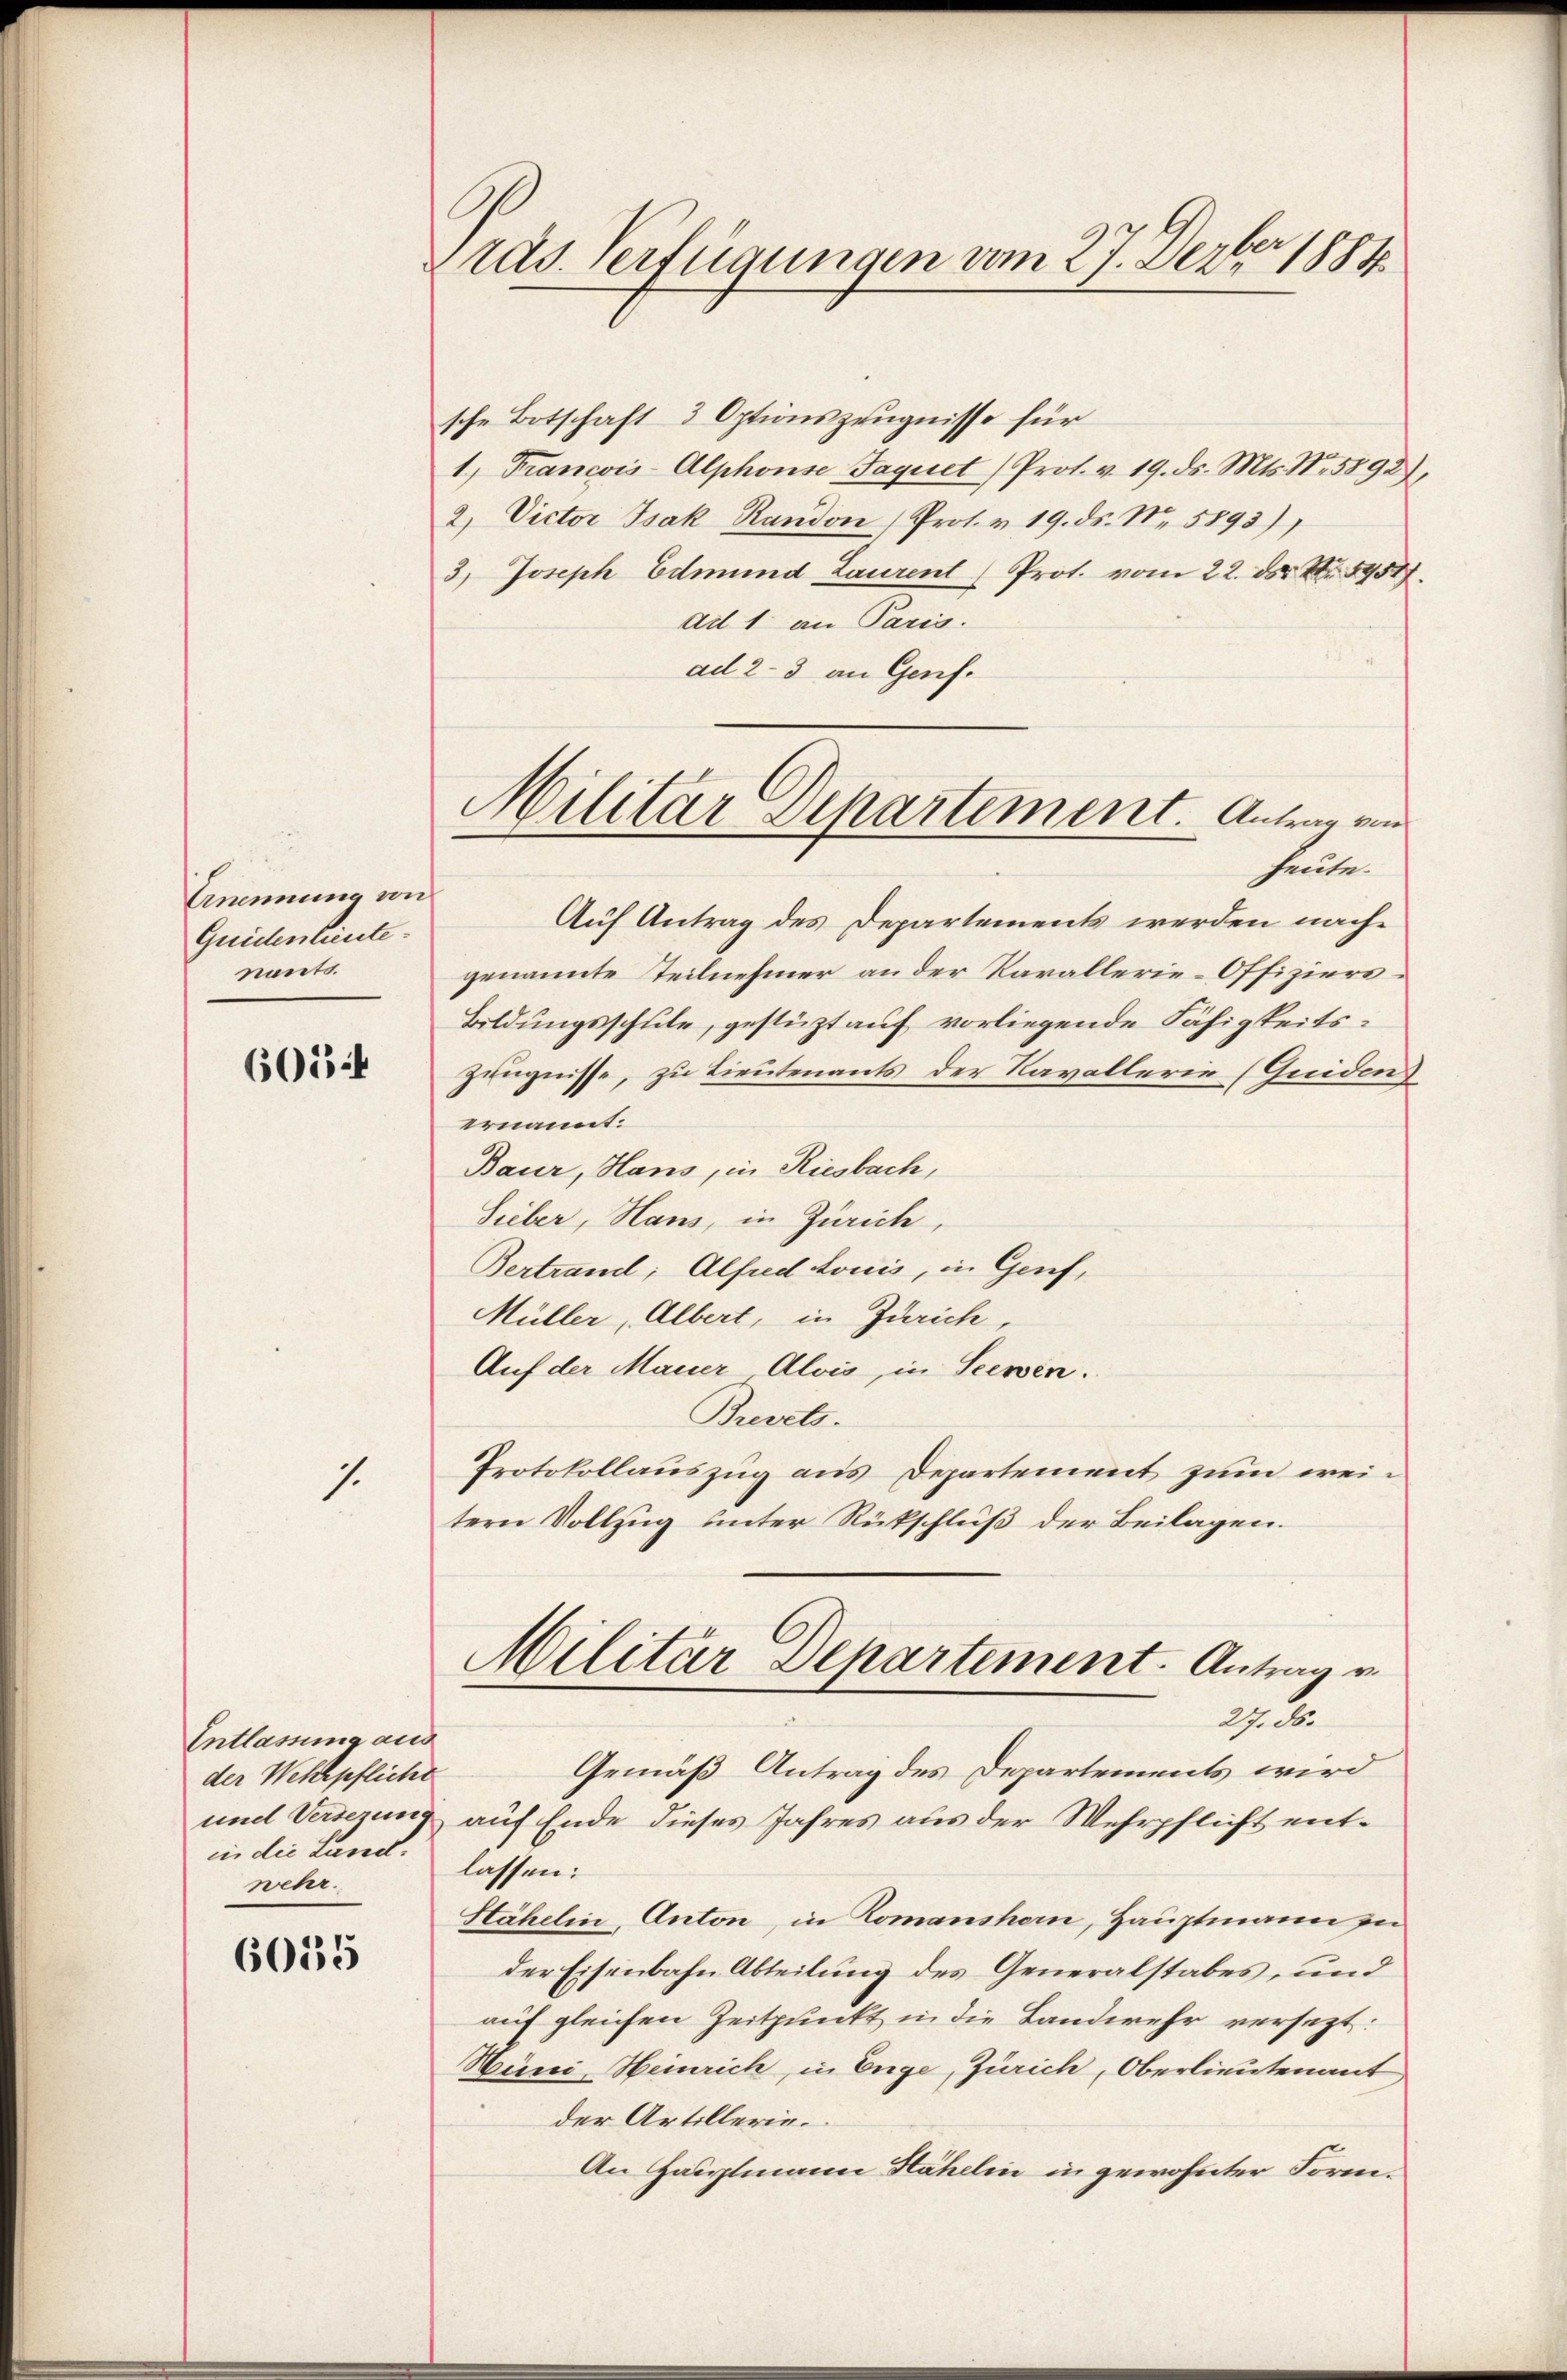
Ernennung von
Quidentiente.
nants.

6054

1.

Entlassung aus
der Wehrpflicht
und Versezung
in die Land.
wehr.

6055

rdg. Verfügungen vom 27. Dezbr 1884.

Militar Departement. Antrag von

sche Botschaft 3 Optionszeugnisse für
1, Francois-Alphonse Jaquet Prot. v. 19. ds. Mts. N. 5892),
2. Victor Isak Randon Prot. v. 19. ds. N. 5893),
3, Joseph Edmund Laurent (Prot. vom 22. ds Nr. 8951
Ad 1 an Paris.
ad 2-3 an Genf.
heute.
Auf Antrag des Departements werden nachgenannte Teilnehmer an der Karallerie-Offiziers¬
Bildungsschule, gestüzt auf vorliegende Fähigkeits¬
Zeugnisse, zu Lieutenants der Navallerie (Guidens
ernannt.
Baur, Hans, in Riesbach,
Sieber, Haus, in Zürich,
Bertrand, Alfred Louis, in Genf,
Müller, Albert, in Zürich,
Auf der Mauer Alois, in Seewen.
Brevets.
Protokollauszug aus Departement zum weitern Vollzug unter Rückschluß der Beilagen.
Militär Departement. Antrag v.
27. ds.
Gemäß Antrag des Departements wird
auf Ende dieses Jahres aus der Wehrpflicht entlassen:
Stähelin, Anton, in Komanshorn, Hauptmann zu
der Eisenbahn Abteilung des Generalstabes, und
auf gleichen Zeitpunkt in die Landwehr versezt:
Hüni, Heinrich, in Enge, Zürich, Oberlieutenant
der Artillerin.
An Hauptmann Hähelin in gewohnter Form¬